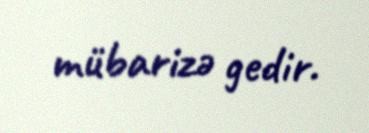
mübarizə gedir.